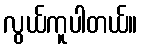
လွယ်ကူပါတယ်။